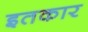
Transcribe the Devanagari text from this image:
इतकार